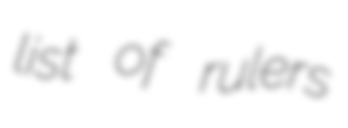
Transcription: list of rulers